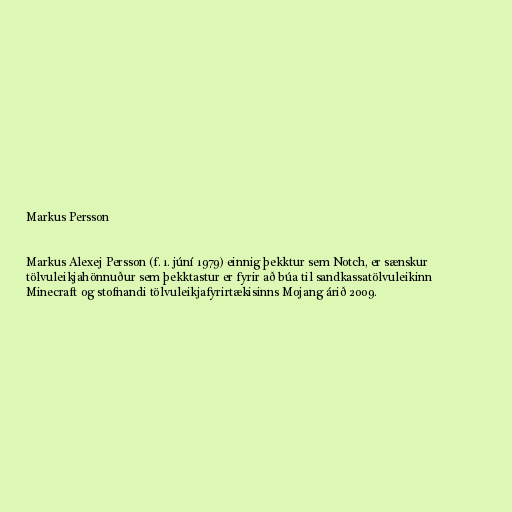
Markus Persson

Markus Alexej Persson (f. 1. júní 1979) einnig þekktur sem Notch, er sænskur
tölvuleikjahönnuður sem þekktastur er fyrir að búa til sandkassatölvuleikinn
Minecraft og stofnandi tölvuleikjafyrirtækisinns Mojang árið 2009.